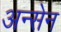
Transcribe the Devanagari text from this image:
अन्सेन